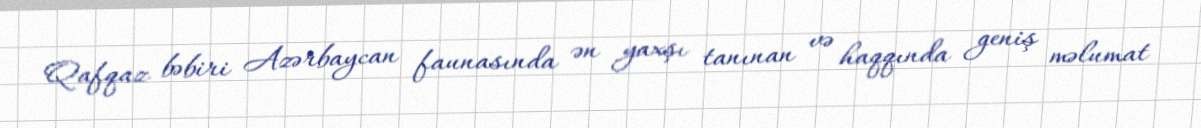
Qafqaz bəbiri Azərbaycan faunasında ən yaxşı tanınan və haqqında geniş məlumat